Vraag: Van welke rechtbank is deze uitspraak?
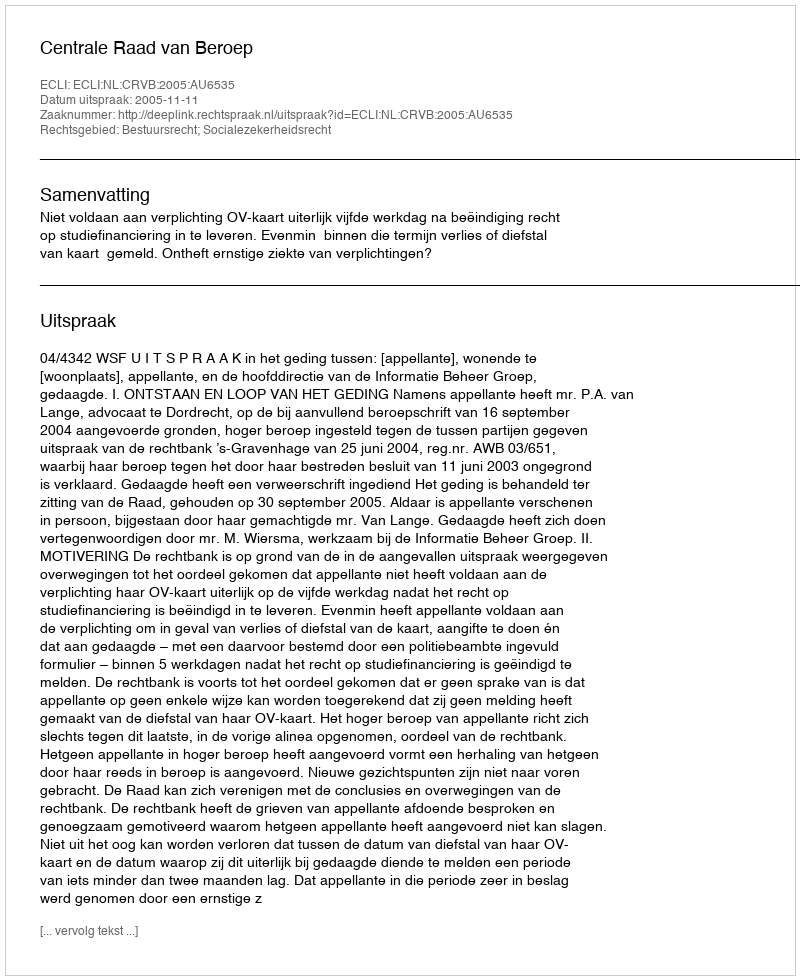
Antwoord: Centrale Raad van Beroep